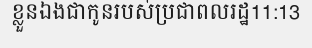
ខ្លួនឯងជាកូនរបស់ប្រជាពលរដ្ឋ11:13